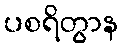
ပစရိတွာန